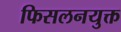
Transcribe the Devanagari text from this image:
फिसलनयुक्त